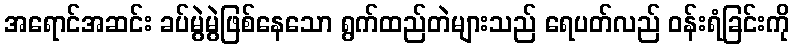
အရောင်အဆင်း ခပ်မွဲမွဲဖြစ်နေသော ရွက်ထည်တဲများသည် ရေပတ်လည် ဝန်းရံခြင်းကို